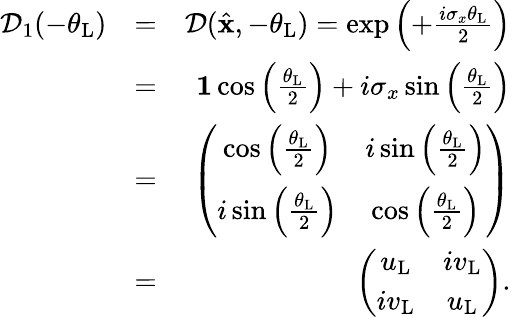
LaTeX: \begin{array}{rlr}{\mathcal{D}_{1}(-\theta_{\mathrm{L}})}&{=}&{\mathcal{D}(\hat{\mathbf x},-\theta_{\mathrm{L}})=\exp\left(+\frac{i\sigma_{x}\theta_{\mathrm{L}}}{2}\right)}\\ &{=}&{{\mathbf 1}\cos\left(\frac{\theta_{\mathrm{L}}}{2}\right)+i\sigma_{x}\sin\left(\frac{\theta_{\mathrm{L}}}{2}\right)}\\ &{=}&{\left(\begin{array}{cc}{\cos\left(\frac{\theta_{\mathrm{L}}}{2}\right)}&{i\sin\left(\frac{\theta_{\mathrm{L}}}{2}\right)}\\ {i\sin\left(\frac{\theta_{\mathrm{L}}}{2}\right)}&{\cos\left(\frac{\theta_{\mathrm{L}}}{2}\right)}\end{array}\right)}\\ &{=}&{\left(\begin{array}{cc}{u_{\mathrm{L}}}&{iv_{\mathrm{L}}}\\ {iv_{\mathrm{L}}}&{u_{\mathrm{L}}}\end{array}\right).}\end{array}